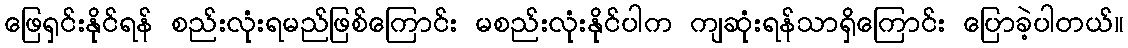
ဖြေရှင်းနိုင်ရန် စည်းလုံးရမည်ဖြစ်ကြောင်း မစည်းလုံးနိုင်ပါက ကျဆုံးရန်သာရှိကြောင်း ပြောခဲ့ပါတယ်။